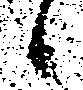
日